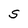
Character: S